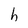
Character: h